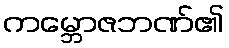
ကမ္ဘောဇဘဏ်၏